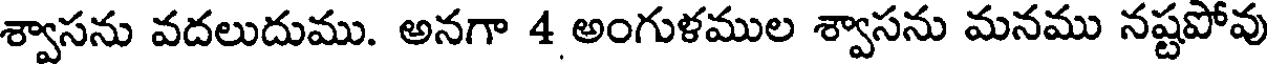
శ్వాసను వదలుదుము. అనగా 4 అంగుళముల శ్వాసను మనము నష్టపోవు